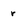
Character: r